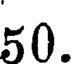
50.